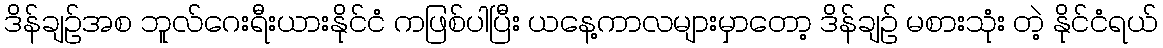
ဒိန်ချဉ်အစ ဘူလ်ဂေးရီးယားနိုင်ငံ ကဖြစ်ပါပြီး ယနေ့ကာလများမှာတော့ ဒိန်ချဉ် မစားသုံး တဲ့ နိုင်ငံရယ်